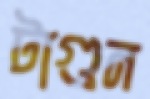
টাগুন